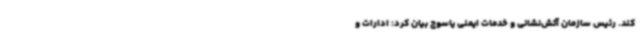
کند. رئیس سازمان آتش‌نشانی و خدمات ایمنی یاسوج بیان کرد: ادارات و